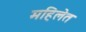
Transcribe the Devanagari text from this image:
महिलेत